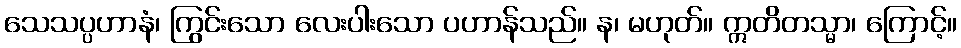
သေသပ္ပဟာနံ၊ ကြွင်းသော လေးပါးသော ပဟာန်သည်။ န၊ မဟုတ်။ ဣတိတသ္မာ၊ ကြောင့်။